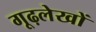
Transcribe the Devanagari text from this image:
गूढ़लेखों